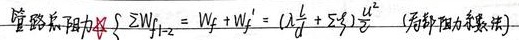
管路总阻力 $\sum W_{f_{1 - 2}}=W_f + W_f'=(\lambda\frac{l}{d}+\sum \zeta)\frac{u^2}{2}\quad (\text{局部阻力系数法})$